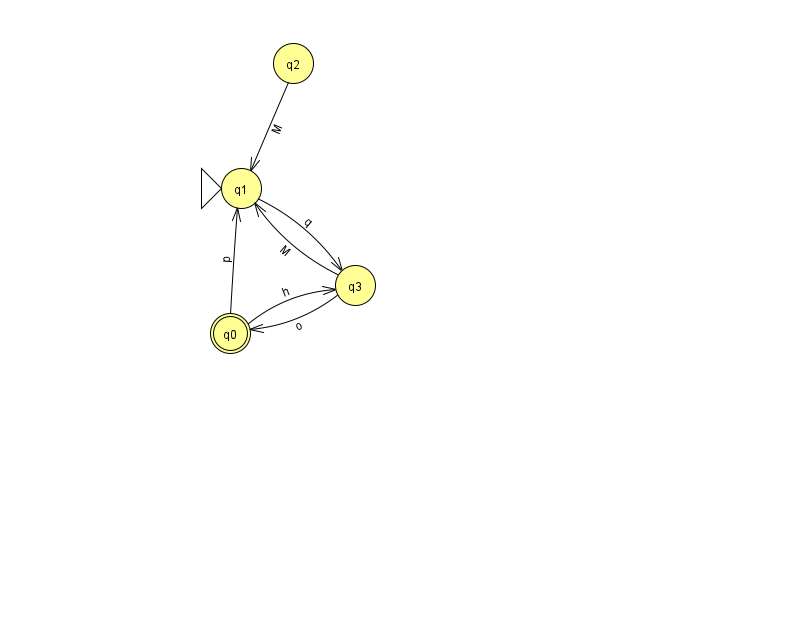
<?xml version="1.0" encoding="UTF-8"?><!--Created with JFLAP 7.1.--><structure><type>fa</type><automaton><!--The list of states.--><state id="0" name="q0"><x>230.0</x><y>320.0</y><final/></state><state id="1" name="q1"><x>241.0</x><y>175.0</y><initial/></state><state id="2" name="q2"><x>293.0</x><y>50.0</y></state><state id="3" name="q3"><x>355.0</x><y>272.0</y></state><!--The list of transitions.--><transition><from>0</from><to>3</to><read>h</read></transition><transition><from>1</from><to>3</to><read>q</read></transition><transition><from>3</from><to>0</to><read>o</read></transition><transition><from>3</from><to>1</to><read>M</read></transition><transition><from>2</from><to>1</to><read>M</read></transition><transition><from>0</from><to>1</to><read>p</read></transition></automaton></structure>